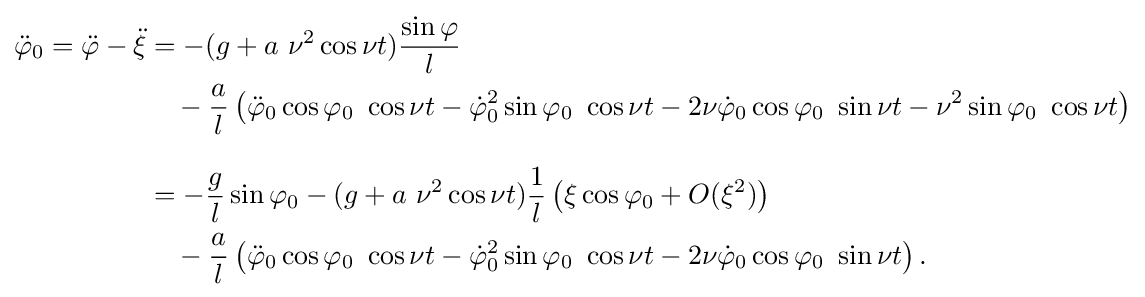
{\begin{aligned}{\ddot {\varphi }}_{0}={\ddot {\varphi }}-{\ddot {\xi }}&=-(g+a~\nu ^{2}\cos \nu t){\frac {\sin \varphi }{l}}\\&{}\quad {}-{\frac {a}{l}}\left({\ddot {\varphi }}_{0}\cos \varphi _{0}~\cos \nu t-{\dot {\varphi }}_{0}^{2}\sin \varphi _{0}~\cos \nu t-2\nu {\dot {\varphi }}_{0}\cos \varphi _{0}~\sin \nu t-\nu ^{2}\sin \varphi _{0}~\cos \nu t\right)\\[8pt]&=-{\frac {g}{l}}\sin \varphi _{0}-(g+a~\nu ^{2}\cos \nu t){\frac {1}{l}}\left(\xi \cos \varphi _{0}+O(\xi ^{2})\right)\\&{}\quad {}-{\frac {a}{l}}\left({\ddot {\varphi }}_{0}\cos \varphi _{0}~\cos \nu t-{\dot {\varphi }}_{0}^{2}\sin \varphi _{0}~\cos \nu t-2\nu {\dot {\varphi }}_{0}\cos \varphi _{0}~\sin \nu t\right).\end{aligned}}